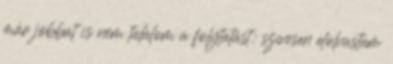
már jobbat is nem találom a folytatást: szívesen elolvastam